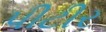
પીટીર